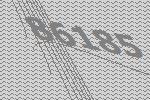
86185